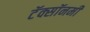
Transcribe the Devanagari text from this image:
टॅक्सॉनमी